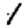
Digit: 1